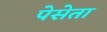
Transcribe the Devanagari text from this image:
पेसेता